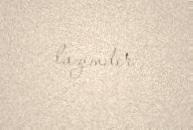
lazımdır.